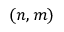
( n , m )